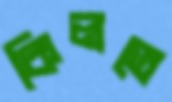
কিলতে